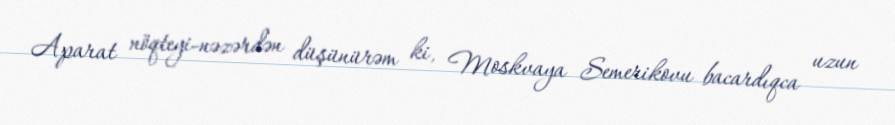
Aparat nöqteyi-nəzərdən düşünürəm ki, Moskvaya Semerikovu bacardıqca uzun